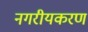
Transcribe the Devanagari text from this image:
नगरीयकरण